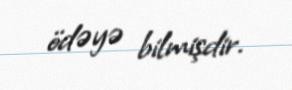
ödəyə bilmişdir.